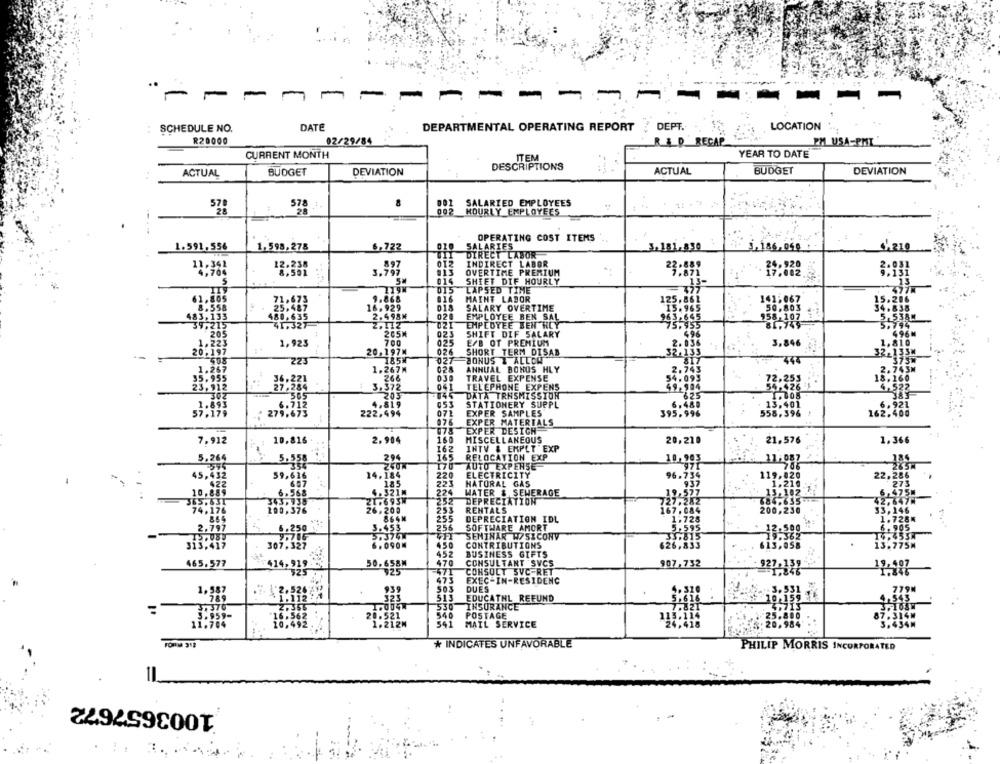
..
-
1
m
-
----
SCHEDULE NO.
DATE
DEPARTMENTAL OPERATING REPORT
DEPT.
LOCATION
R20000
02/29/84
& D RECAP
PM USA-PMI "
CURRENT MONTH
YEAR TO DATE
DESCRIPTIONS
ACTUAL
BUDGET
DEVIATION
ACTUAL
BUDGET
DEVIATION
570
578
8
001 SALARIED EMPLOYEES
HOURLY EMPLOYEES
OPERATING COST ITEMS
1.591,556
1.598,278
5,722
010
SALARIES
DIRECT LABOR
3.181,830
, 186,049
11.342
12.235
012
INDIRECT LABOR
4,704
#13
OVERTIME PRERIUM
014
SHIET DIF HOURLY
119N
015
LAPSED TIME
9.868
MAINT LABOR
16.929
D18
SALARY OVERTIME
125
1415067
2.498M
020
EMPLOYEE BEN SAL
39,21
2.IIZ
EMPEDYEE BEN HLY
205M
023
SHIFT DIF SALARY
1,923
700
025
E/B OT PREMIUM
3.846
20,197M
026
SHORT TERM DISAB
20:317
223
185W
027 BONUS T ALLOW
1.219
1.267M
028
ANNUAL BONOS HLY
266
030
TRAVEL EXPENSE
32.235
29:284
3.372
041
TELEPHONE EXPENS
505
203
745
DATA TRNSMISSION
625
4.819
053
STATIONERY SUPPL
6.480
6.921
33:
222,494
072
EXPER SAMPLES
13,401
162.400
EXPER MATERIALS
EXPER DESICH
078
7.912
10.816
2.904
160
MISCELLANEOUS
20,210
21.576
1.366
162
INTV & EMPLT EXP
5,269
294
165
RELOCATION EXP
. 903
5.558
Z40W
170
AUTO EXPENSE
974
14.184
220
ELECTRICITY
22,286
45,432
39,616
223
HATORAL GAS
96.734
422
607
185
937
1,21
273
10.889
6.568
4.321M
224
WATER & SEHERAGE
19.577
252
DEPRECIATION
727,282
335
74.17
100,376
26,200
253
RENTALS
167,084
200,23
33,146
866M
255
DEPRECIATION IDL
1.728
1.728K
2,79
3.453
256
SOFTWARE AMORT
5.595
6. 905
5.250
5.374K
SEMINAR W/SICONV
.815
19.4534
450
26,833
307.327
6.090M
CONTRIBUTIONS
13.775M
452
BUSINESS GIFTS
465.577
50,658M
470
CONSULTANT SVCS
907,732
19,407
471
CONSOLT SVC-RET
1.846
475
EXEC-IN-RESIDENC
939
503
DUES
1. 581
513
EDUCATHL REFUND
10.
530
INSURANCE
20.521
POSTAGE
1.212M
541
MAIL SERVICE
3.434M
FORM 312
* INDICATES UNFAVORABLE
PHILIP MORRIS INCORPORATED
1003657672